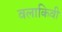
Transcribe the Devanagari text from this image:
वलाकिवी